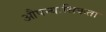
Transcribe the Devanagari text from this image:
औपन्यासिकता